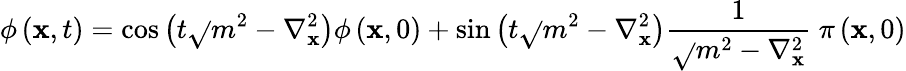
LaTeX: \phi\left(\mathbf{x},t\right)=\cos\left(t\sqrt{}{{m^{2}-\nabla_{\mathbf{x}}^{2}}}\right)\phi\left(\mathbf{x},0\right)+\sin\left(t\sqrt{}{{m^{2}-\nabla_{\mathbf{x}}^{2}}}\right)\frac{{1}}{{\sqrt{}{{m^{2}-\nabla_{\mathbf{x}}^{2}}}}}~\pi\left(\mathbf{x},0\right)